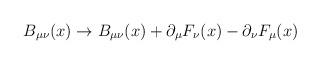
LaTeX: \begin{align*}B_{\mu\nu}(x) \rightarrow B_{\mu\nu}(x) + \partial_\mu F_\nu(x) - \partial_\nu F_\mu (x)\end{align*}